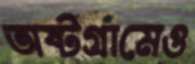
অষ্টগ্রামেও